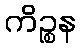
ကိဉ္စန